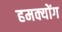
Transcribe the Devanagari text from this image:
हमक्योंग